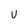
Character: U